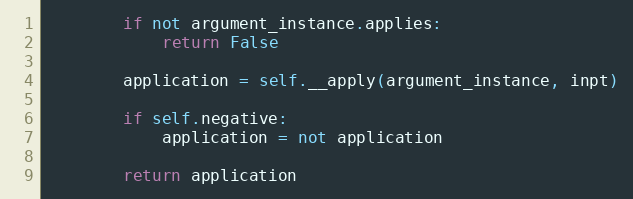
Language: Python
        if not argument_instance.applies:
            return False

        application = self.__apply(argument_instance, inpt)

        if self.negative:
            application = not application

        return application